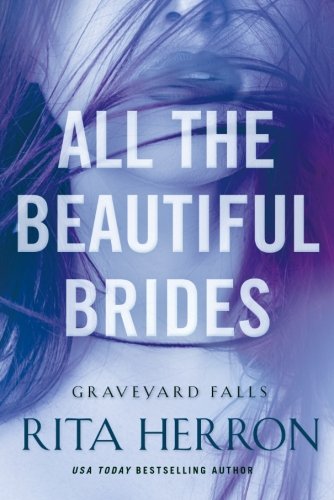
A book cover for All the Beautiful Brides (Graveyard Falls); Rita Herron; Romance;